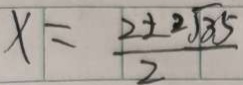
x = \frac { 2 \pm 2 \sqrt { 3 5 } } { 2 }